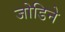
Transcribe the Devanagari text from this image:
जोडिने